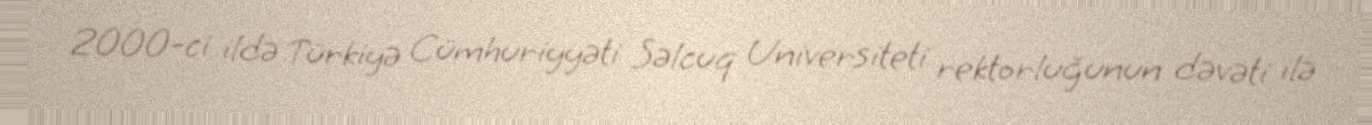
2000-ci ildə Türkiyə Cümhuriyyəti Səlcuq Universiteti rektorluğunun dəvəti ilə